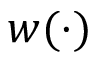
w ( \cdot )